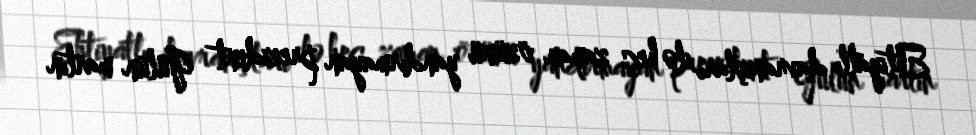
Ehtiyatlı davranışları ilə heç zaman özünü yandırmayan prezident Gülün martın